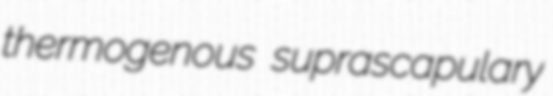
thermogenous suprascapulary